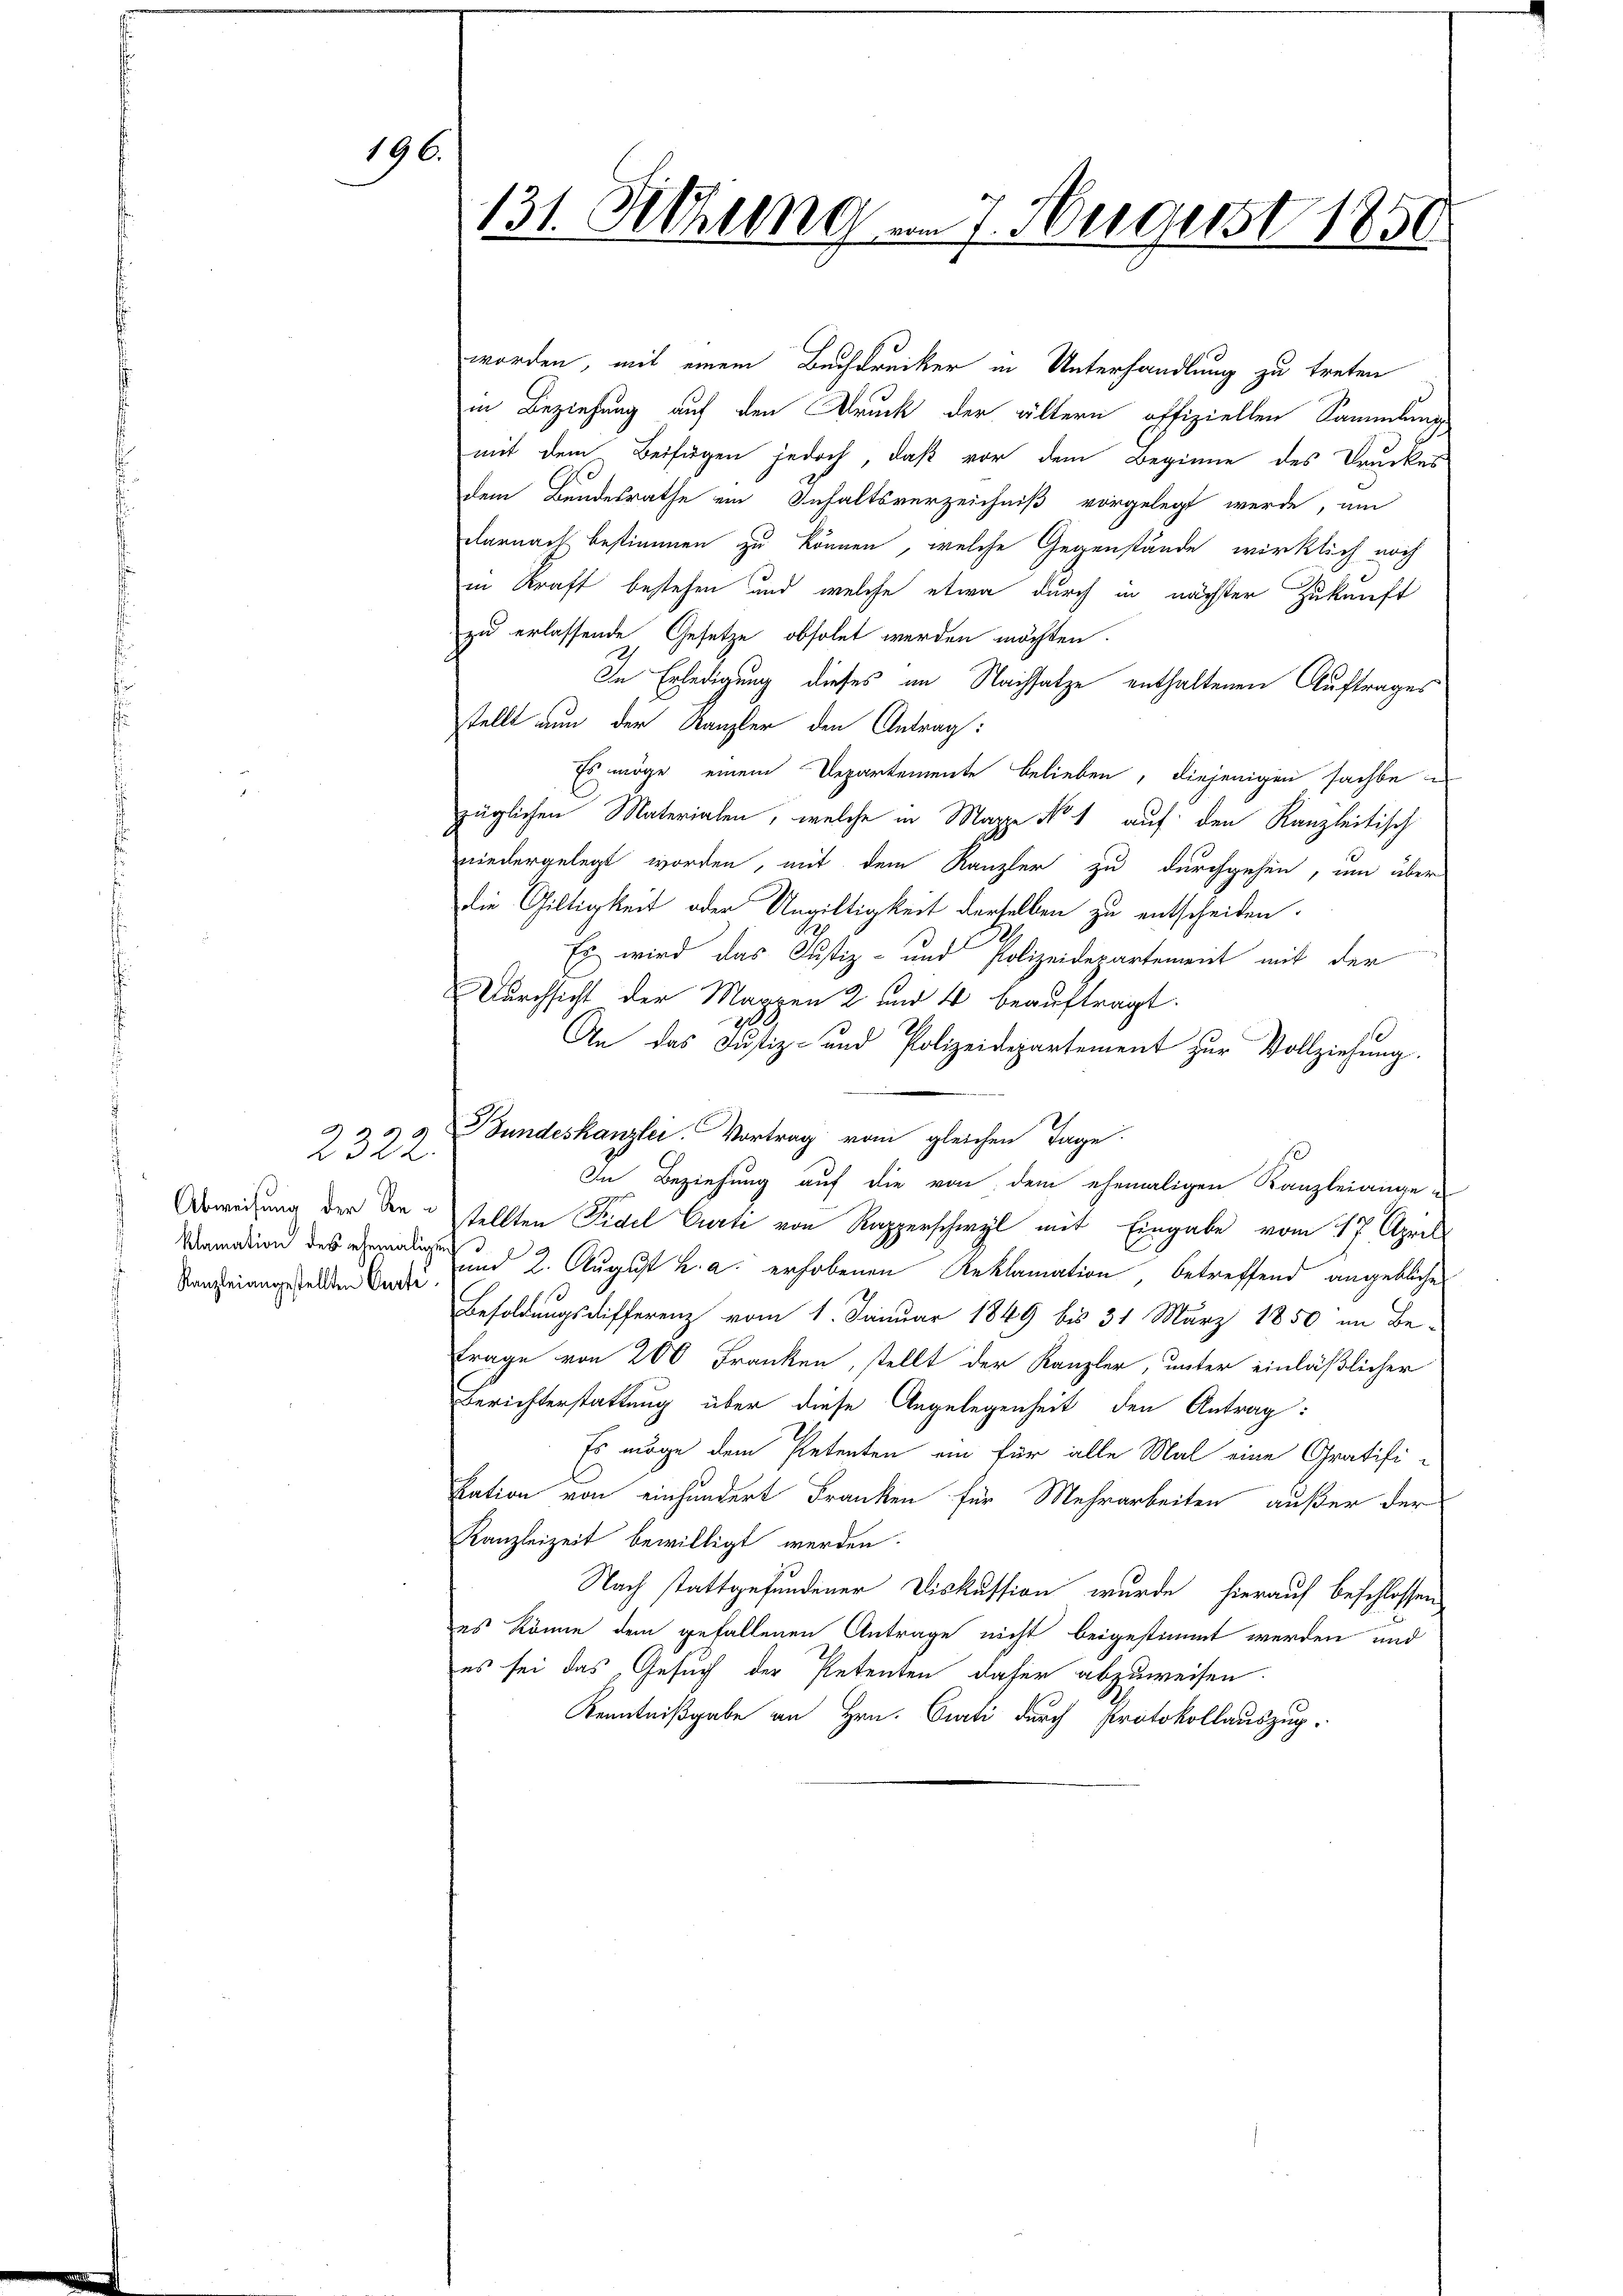
196.

2322.
klamation des ehemaligen

131. Sitzung am 7. Negerst 1850.

worden, mit einem Buchdrucker in Unterhandlung zu treten
in Beziehung auf den Druck der ältern offiziellen Sammlung
mit dem Beifügen jedoch, daß vor dem Beginne des Druckes
dem Bundesrathe ein Inhaltsverzeichniß vorgelegt werde, um
darnach bestimmen zu können, welche Gegenstände wirklich noch
in Kraft bestehen und welche etwa durch in nächster Zukunft
zu erlassende Gesetze obsolet werden möchten.
In Erledigung dieses im Nachsatze enthaltenen Auftrages
stellt nun der Kanzler den Antrag:
Es möge einem Departemente belieben, diejenigen sachte i
züglichen Materialen, welche in Mappe No 1 auf den Kanzleitisch
niedergelegt worden, mit dem Kanzler zu durchgehen, um über
die Giltigkeit oder Ungültigkeit derselben zu entscheiden.
Es wird das Justiz- und Polizeidepartement mit der
Durchsicht der Mappen 2 und 4 beauftragt.
An das Justiz- und Polizeidepartement zur Vollziehung.
2
Bundeskanzlei. Vortrag vom gleichen Tage.
In Beziehung auf die von dem ehemaligen Kanzleiange
Abweisung der den stellten Fidel Curti von Rapperschwyl mit Eingabe vom 17. April
Kanzleiangeselben an und 2. August u. a. erhobenen Reklamation, betreffend angebliche
Besoldungsdifferenz vom 1. Januar 1849 bis 31 März 1850 im Be¬
Frage von 200 Franken, stellt der Kanzler, unter einläßlicher
Berichterstattung über diese Angelegenheit den Antrag:
Es möge dem Petenten ein für alle Mal eine Gratifi-
kation von einhundert Franken für Mehrarbeiten außer der
Kanzleizeit bewilligt werden.
Nach stattgefundener Diskussion wurde hierauf beschlossen
es könne dem gefallenen Antrage nicht beigestimmt werden und
es sei das Gesuch der Petenten daher abzuweisen.
Kenntnißgabe an Hrn. Orati durch Protokollauszug.